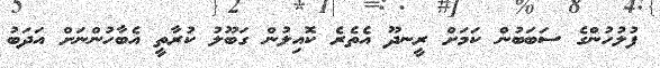
ފުލުހުންގެ ސަބަބުން ކަމަށް ރީނދޫ އެތެރެ ކޮއިލުން ގަބޫލު ކުރާތީ އެބާހުންނަށް އަދަބު